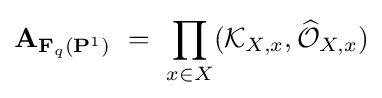
\mathbf {A} _{\mathbf {F} _{q}(\mathbf {P} ^{1})}\ =\ \prod _{x\in X}({\mathcal {K}}_{X,x},{\widehat {\mathcal {O}}}_{X,x})